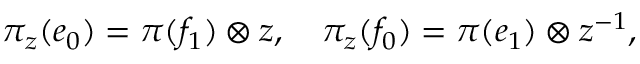
\pi _ { z } ( e _ { 0 } ) = \pi ( f _ { 1 } ) \otimes z , \quad \pi _ { z } ( f _ { 0 } ) = \pi ( e _ { 1 } ) \otimes z ^ { - 1 } ,